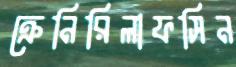
ক্রেনিরিলাফসিন